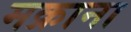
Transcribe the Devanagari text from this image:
मक्राना